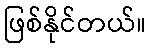
ဖြစ်နိုင်တယ်။